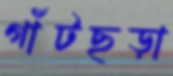
গাঁটছড়া